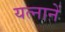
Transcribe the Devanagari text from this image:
यत्नानें